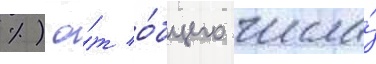
%) о́т о́бщего числа́